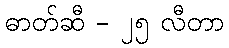
ဓာတ်ဆီ - ၂၅ လီတာ